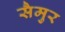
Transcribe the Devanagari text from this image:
सैमुर